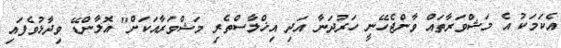
އެކަމަކު އެ މަޝްވަރާތައް ވާންޖެހޭނީ ހަރުދަނާ އަދި އިޚްލާސްތެރި މަޝްވަރާއަކަށް" އޮލާންޑޭ ވިދާޅުވެފައި